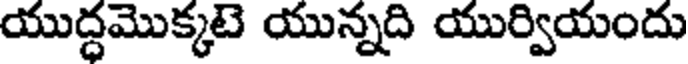
యుద్ధమొక్కటె యున్నది యుర్వియందు